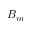
B _ { m }